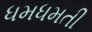
ધમધમતી